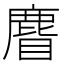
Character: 𪊣